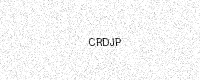
Text: CRDJP